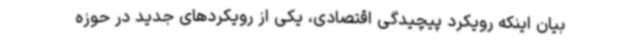
بیان اینکه رویکرد پیچیدگی اقتصادی، یکی از رویکردهای جدید در حوزه